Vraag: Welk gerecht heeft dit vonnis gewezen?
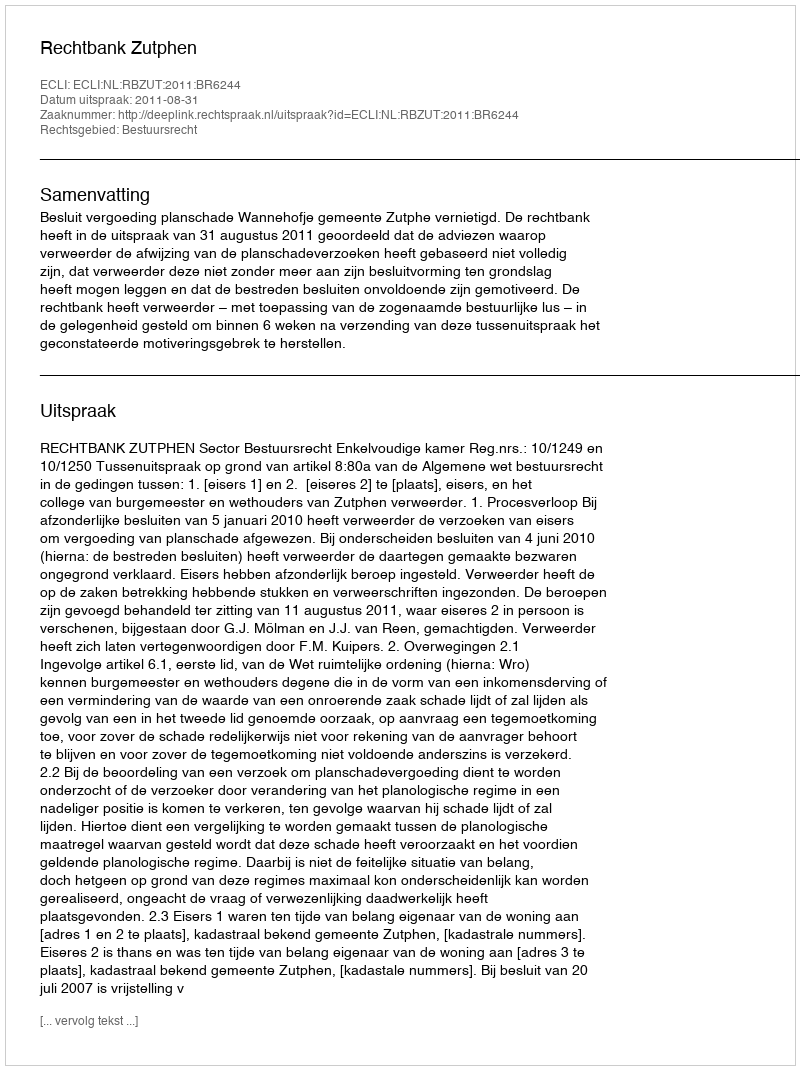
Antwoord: Rechtbank Zutphen